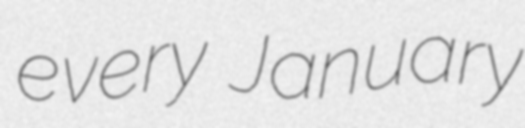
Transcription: every January